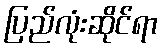
ပြည်လုံးဆိုင်ရာ